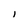
Character: l